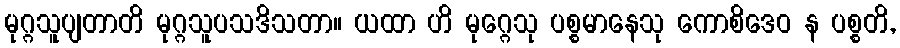
မုဂ္ဂသူပျတာတိ မုဂ္ဂသူပသဒိသတာ။ ယထာ ဟိ မုဂ္ဂေသု ပစ္စမာနေသု ကောစိဒေဝ န ပစ္စတိ,